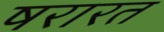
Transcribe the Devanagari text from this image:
षरारत